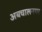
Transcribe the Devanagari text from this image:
अबचालनगर